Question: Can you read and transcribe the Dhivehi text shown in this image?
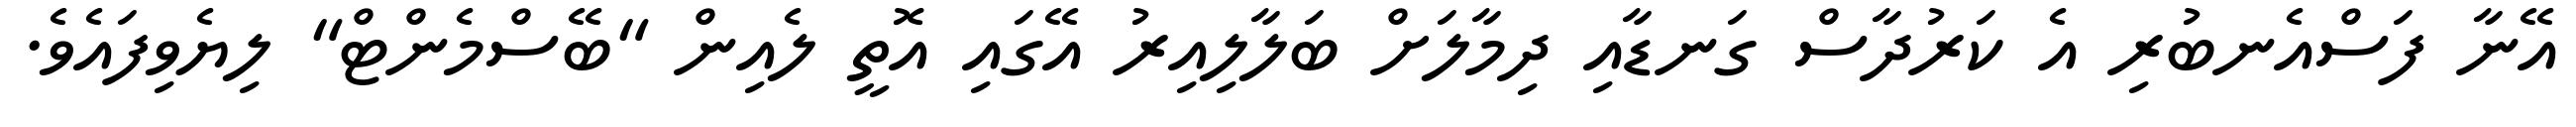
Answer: އޭނާ ފަސްއެނބުރި އެ ކަރުދާސް ގަނޑާއި ދިމާލަށް ބަލާލިއިރު އޭގައި އޮތީ ލެއިން "ބޭސްމެންޓް" ލިޔެވިފައެވެ.